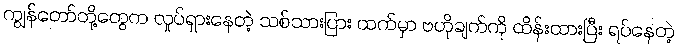
ကျွန်တော်တို့တွေက လှုပ်ရှားနေတဲ့ သစ်သားပြား ထက်မှာ ဗဟိုချက်ကို ထိန်းထားပြီး ရပ်နေတဲ့